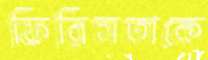
ফিরিসতাকে